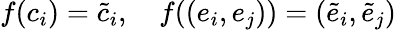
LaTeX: f(c_{i})=\tilde{c}_{i},\quad f((e_{i},e_{j}))=(\tilde{e}_{i},\tilde{e}_{j})